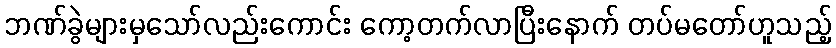
ဘဏ်ခွဲများမှသော်လည်းကောင်း ကော့တက်လာပြီးနောက် တပ်မတော်ဟူသည့်